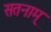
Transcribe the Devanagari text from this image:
सतनाम्